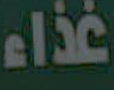
غذاء